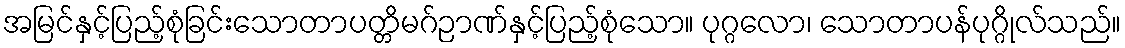
အမြင်နှင့်ပြည့်စုံခြင်းသောတာပတ္တိမဂ်ဉာဏ်နှင့်ပြည့်စုံသော။ ပုဂ္ဂလော၊ သောတာပန်ပုဂ္ဂိုလ်သည်။